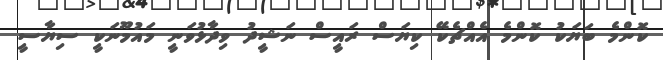
ކޮންމެ ބަޔަކު ކޮންމެ އެއްޗެކޭ ކިޔަސް ރައީސް ނަޝީދު ވިދާޅުވަނީ މައުމޫނަކީ ސިޔާސީ